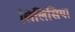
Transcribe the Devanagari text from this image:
लिलिसिया